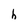
Character: h